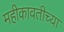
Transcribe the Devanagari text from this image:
महीकावतीच्या